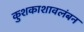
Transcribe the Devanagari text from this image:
कुशकाशावलंबन